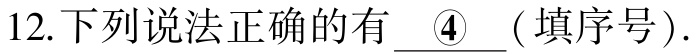
12.下列说法正确的有 \underline{  \textcircled{4} }( 填序号).